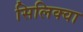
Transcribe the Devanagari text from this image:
सिलिक्वा